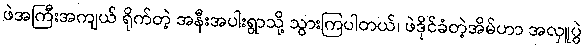
ဖဲအကြီးအကျယ် ရိုက်တဲ့ အနီးအပါးရွာသို့ သွားကြပါတယ်၊ ဖဲဒိုင်ခံတဲ့အိမ်ဟာ အလှူပွဲ